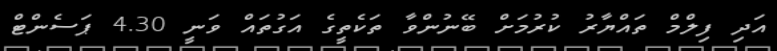
އަދި ފިލްމް ތައްޔާރު ކުރުމަށް ބޭނުންވާ ތަކެތީގެ އަގުތައް ވަނީ 4.30 ޕަސެންޓް